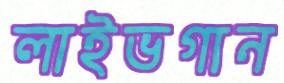
লাইভগান